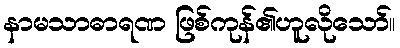
နာမသာဓာရဏ ဖြစ်ကုန်၏ဟူလိုသော်။